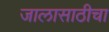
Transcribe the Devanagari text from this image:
जालासाठीचा